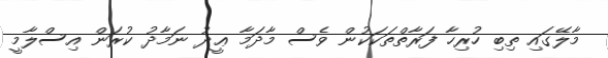
މާލޭގައި ތިބި ހުރިހާ ފަރާތްތަކަކުން ވެސް މާދަމާ ޢީދު ނަމާދު ކުރަން އިސްލާމީ